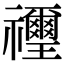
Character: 𥜬